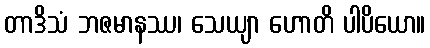
တာဒိသံ ဘဇမာနဿ၊ သေယျာ ဟောတိ ပါပိယော။